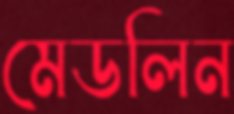
মেডলিন